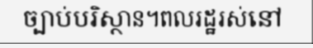
ច្បាប់បរិស្ថាន។ពលរដ្ឋរស់នៅ